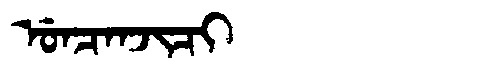
Manchu: ᡠᠨᠴᠠᠨᠵᡳᠴᡳ
Romanization: UNCANJICI